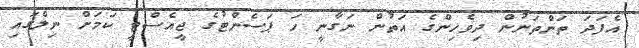
އެފަދަ ތަންތަނުން ދިވެހިންގެ އަތުން ނަގާނީ ހަ ޕަސެންޓުގެ ޖީއެސްޓީ ކަމަށް ނިލްގައި